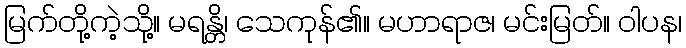
မြက်တို့ကဲ့သို့။ မရန္တိ၊ သေကုန်၏။ မဟာရာဇ၊ မင်းမြတ်။ ဝါပန၊